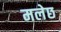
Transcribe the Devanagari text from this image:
मलेछ